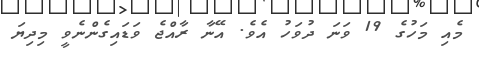
މެއި މަހުގެ 19 ވަނަ ދުވަހު އެވެ. އޭނާ ރާއްޖެ ވަޑައިގެންނެވީ މިދިޔަ